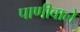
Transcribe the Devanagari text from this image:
पाणीवाले